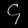
Digit: ၄